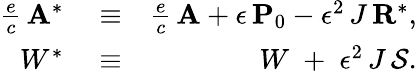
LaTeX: \begin{array}{rlr}{\frac{e}{c}\, {\mathbf A}^{*}}&{{}\equiv}&{\frac{e}{c}\, {\mathbf A}+\epsilon\, {\mathbf P}_{0}-\epsilon^{2}\, J\, {\mathbf R}^{*},}\\ {W^{*}}&{{}\equiv}&{W\; +\; \epsilon^{2}\, J\, {\cal S}.}\end{array}